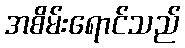
အစိမ်းရောင်သည်